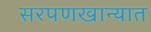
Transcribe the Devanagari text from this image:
सरपणखान्यात